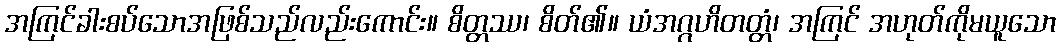
အကြင်ခါးစပ်သောအဖြစ်သည်လည်းကောင်း။ စိတ္တဿ၊ စိတ်၏။ ယံအဂ္ဂဟိတတ္တံ၊ အကြင် အဟုတ်ကိုမယူသော